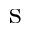
\mathrm { s }